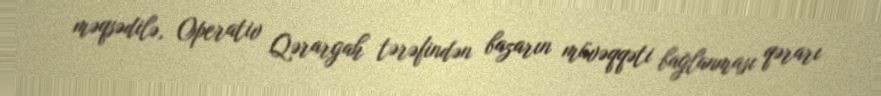
məqsədilə, Operativ Qərargah tərəfindən bazarın müvəqqəti bağlanması qərarı